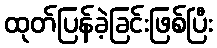
ထုတ်ပြန်ခဲ့ခြင်းဖြစ်ပြီး